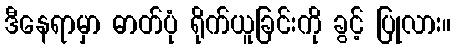
ဒီနေရာမှာ ဓာတ်ပုံ ရိုက်ယူခြင်းကို ခွင့် ပြုလား။